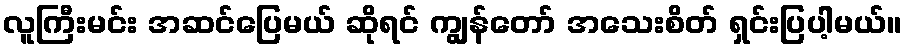
လူကြီးမင်း အဆင်ပြေမယ် ဆိုရင် ကျွန်တော် အသေးစိတ် ရှင်းပြပါ့မယ်။